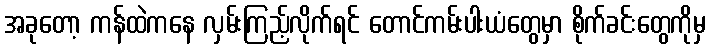
အခုတော့ ကန်ထဲကနေ လှမ်းကြည့်လိုက်ရင် တောင်ကမ်းပါးယံတွေမှာ စိုက်ခင်းတွေကိုမှ